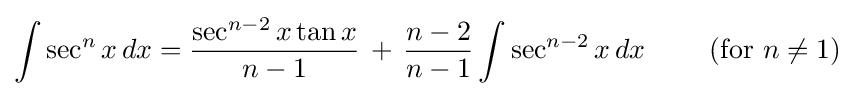
\int \sec ^{n}x\,dx={\frac {\sec ^{n-2}x\tan x}{n-1}}\,+\,{\frac {n-2}{n-1}}\int \sec ^{n-2}x\,dx\qquad {\text{ (for }}n\neq 1{\text{)}}\,\!